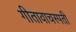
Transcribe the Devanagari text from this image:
गीतावाचस्पती